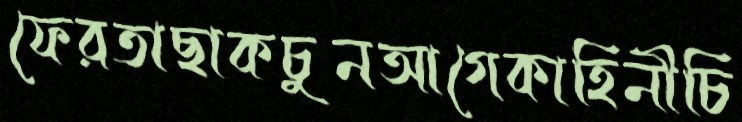
ফেরতাছাকচুনআগেকাহিনীচি